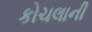
કોચલાની